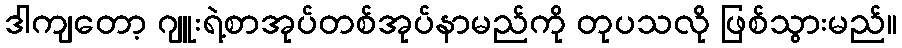
ဒါကျတော့ ဂျူးရဲ့စာအုပ်တစ်အုပ်နာမည်ကို တုပသလို ဖြစ်သွားမည်။